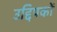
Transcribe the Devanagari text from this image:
उद्दिपकों